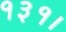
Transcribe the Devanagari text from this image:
१३१।